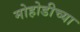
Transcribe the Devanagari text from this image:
मोहोडीच्या